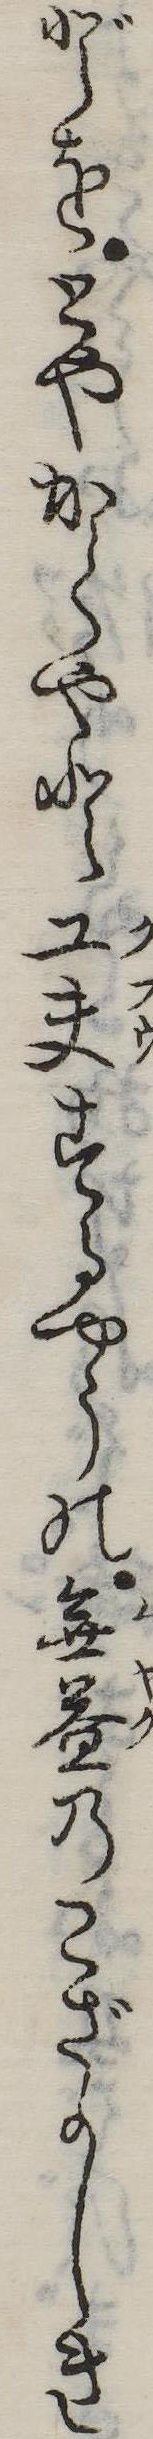
どをとやかくやと工夫するやうの無益のこざかしき